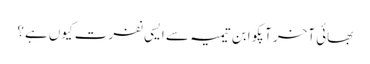
بھائی آخر آپکو ابن تیمیہ سے ایسی نفرت کیوں ہے؟